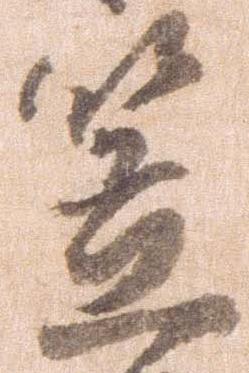
笠